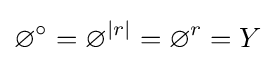
\varnothing ^{\circ }=\varnothing ^{|r|}=\varnothing ^{r}=Y